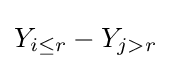
Y_{i\leq r}-Y_{j>r}